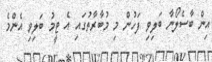
އިން ބާސެލޯނާ ބަލިވި ފަހުން މި މުބާރާތުގައި އެ ޓީމު ބަލިވި އެންމެ